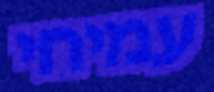
עמיחי